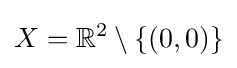
X=\mathbb {R} ^{2}\setminus \{(0,0)\}